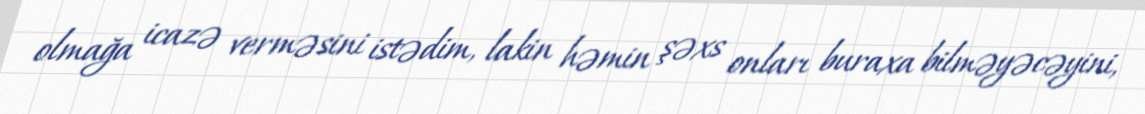
olmağa icazə verməsini istədim, lakin həmin şəxs onları buraxa bilməyəcəyini,